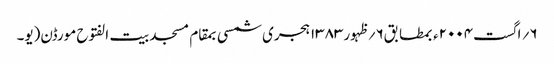
۶؍ اگست۲۰۰۴ء بمطابق۶؍ظہور۱۳۸۳ہجری شمسی بمقام مسجد بیت الفتوح مورڈن(یو۔